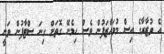
އެ ވުޒާރާގެ އިސް މުވައްޒަފުން ވެސް ހިމެނޭ ގޮތަށް ގިނަ ސްޓާފުން ވަނީ